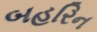
બહરિન